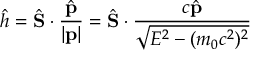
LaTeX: { \hat { h } } = { \hat { \mathbf { S } } } \cdot { \frac { \hat { \mathbf { p } } } { | \mathbf { p } | } } = { \hat { \mathbf { S } } } \cdot { \frac { c { \hat { \mathbf { p } } } } { \sqrt { E ^ { 2 } - ( m _ { 0 } c ^ { 2 } ) ^ { 2 } } } }